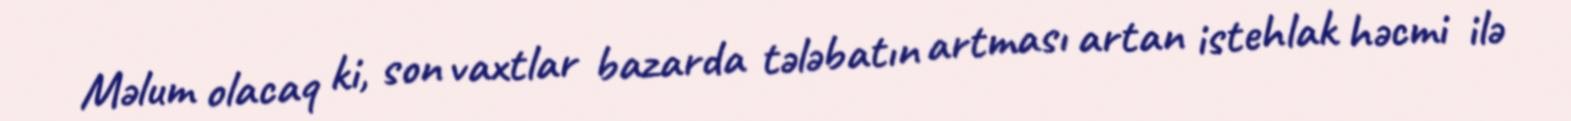
Məlum olacaq ki, son vaxtlar bazarda tələbatın artması artan istehlak həcmi ilə